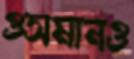
ওসমানও